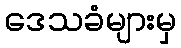
ဒေသခံများမှ